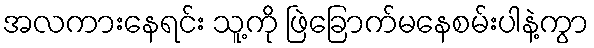
အလကားနေရင်း သူ့ကို ဖြဲခြောက်မနေစမ်းပါနဲ့ကွာ